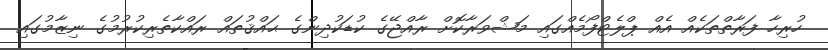
ހުރިހާ ފަރާތްތަކެއް އެއް ޕްލެޓްފޯމެއްގައި މަޝްވަރާކޮށް ރާއްޖޭގެ ކުޑަކުދިންގެ ޙައްޤުތައް ރައްކާތެރިކުރުމުގެ ނިޒާމުގައި